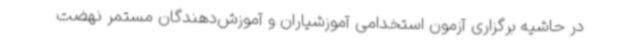
در حاشیه برگزاری آزمون استخدامی آموزشیاران و آموزش‌دهندگان مستمر نهضت